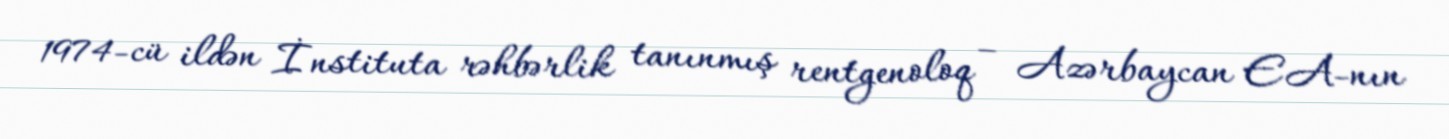
1974-cü ildən İnstituta rəhbərlik tanınmış rentgenoloq – Azərbaycan EA-nın